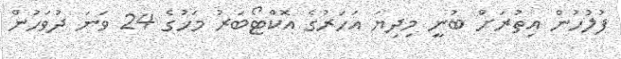
ފުލުހުން އިތުރަށް ބުނީ މިދިޔަ އަހަރުގެ އޮކްޓޯބަރު މަހުގެ 24 ވަނަ ދުވަހުން